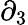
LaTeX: \partial_{3}